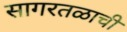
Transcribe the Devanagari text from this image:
सागरतळाची